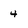
Character: 4